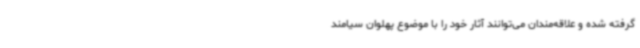
گرفته شده و علاقه‌مندان می‌توانند آثار خود را با موضوع پهلوان سیامند